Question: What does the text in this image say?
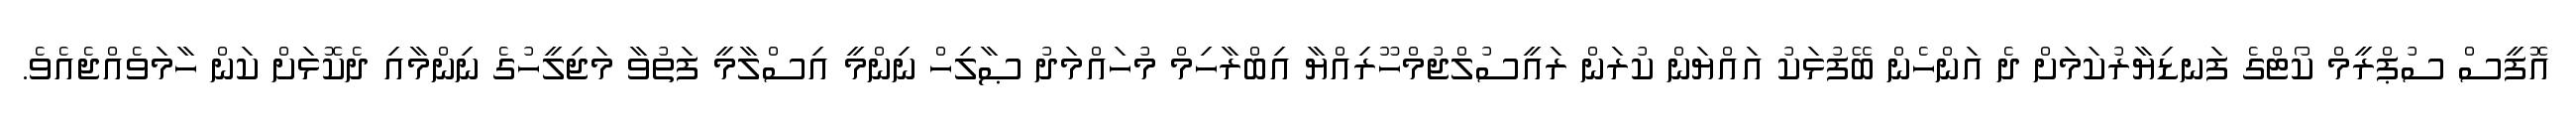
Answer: އޮފީސް ސުޕްރީމް ކޯޓްގެ ފަނޑިޔާރުކަމަށް ދެ އަންހެން ބޭފުޅަކު އައްޔަން ކުރަން ރައީސުލްޖުމްހޫރިއްޔާ އިބްރާހިމް މުހައްމަދު ޞާލިހް ނިންމީ އިސްލާމީ ފަތުވާ މަޖިލީހުގެ ނިންމާއި ދެކޮޅަށް ކަން ހާމަވެއްޖެއެވެ.